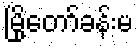
မြို့တော်ခန်းမ